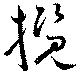
攬